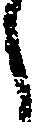
し